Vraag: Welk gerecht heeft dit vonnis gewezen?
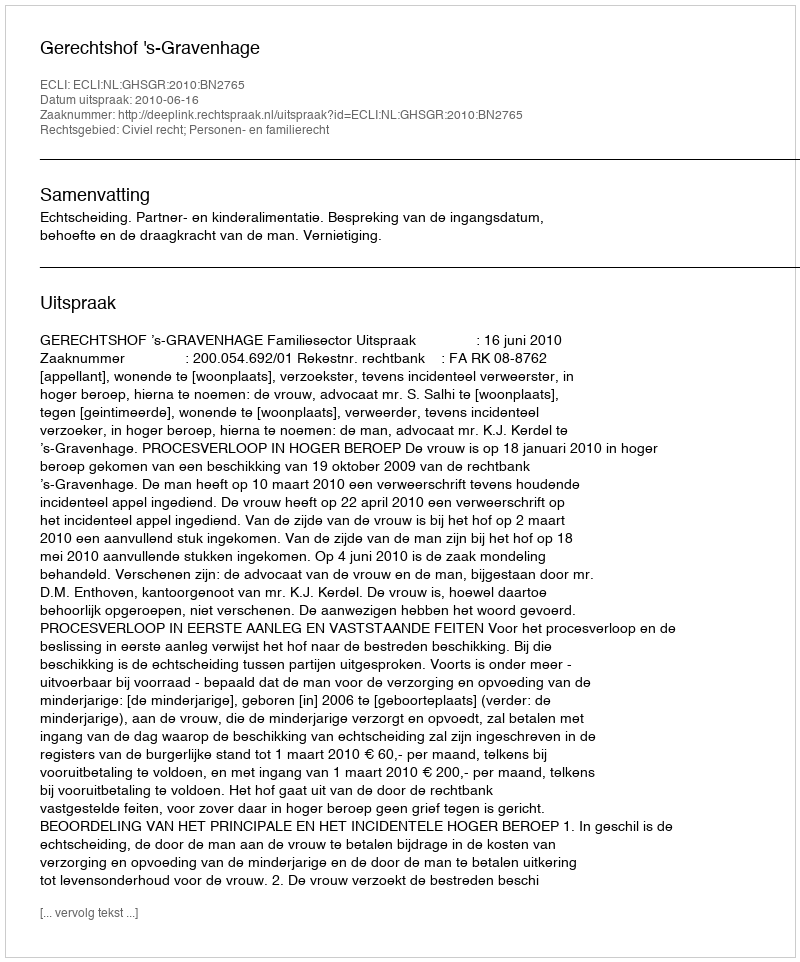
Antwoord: Gerechtshof 's-Gravenhage